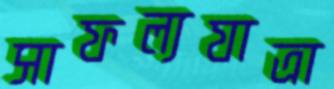
সাফল্যযাত্রা